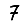
Digit: 7